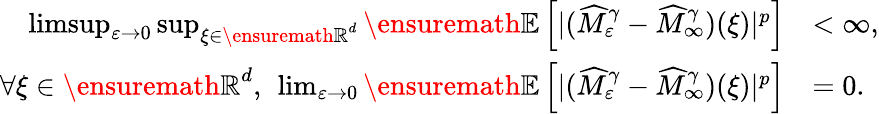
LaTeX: \begin{array}{rl}{\operatorname*{limsup}_{\varepsilon\to 0}\operatorname*{sup}_{\xi\in{\ensuremath{\mathbb R}}^{d}}{\ensuremath{\mathbb E}}\left[|(\widehat M_{\varepsilon}^{\gamma}-\widehat M_{\infty}^{\gamma})(\xi)|^{p}\right]}&{<\infty,}\\ {\forall\xi\in{\ensuremath{\mathbb R}}^{d},\ \operatorname*{lim}_{\varepsilon\to 0}{\ensuremath{\mathbb E}}\left[|(\widehat M_{\varepsilon}^{\gamma}-\widehat M_{\infty}^{\gamma})(\xi)|^{p}\right]}&{=0.}\end{array}